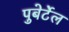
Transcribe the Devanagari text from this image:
पुबेर्टेल